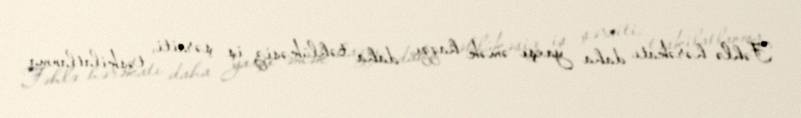
Fəhlə hərəkatı daha yaxşı əmək haqqı, daha təhlükəsiz iş şəraiti, təşkilatlanma